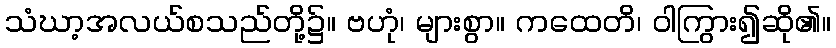
သံဃာ့အလယ်စသည်တို့၌။ ဗဟုံ၊ များစွာ။ ကထေတိ၊ ဝါကြွား၍ဆို၏။